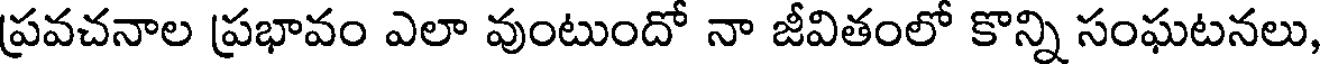
ప్రవచనాల ప్రభావం ఎలా వుంటుందో నా జీవితంలో కొన్ని సంఘటనలు,